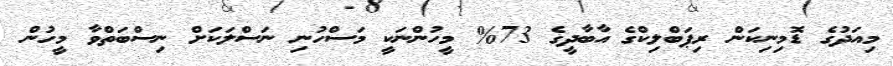
މިއަދުގެ ޑޮމިނިކަން ރިޕަބްލިކްގެ އާބާދީގެ 73% މީހުންނަކީ މަސްހުނި ނަސްލަކަށް ނިސްބަތްވާ މީހުން